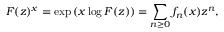
F ( z ) ^ { x } = \exp \left( x \log F ( z ) \right) = \sum _ { n \geq 0 } f _ { n } ( x ) z ^ { n } ,